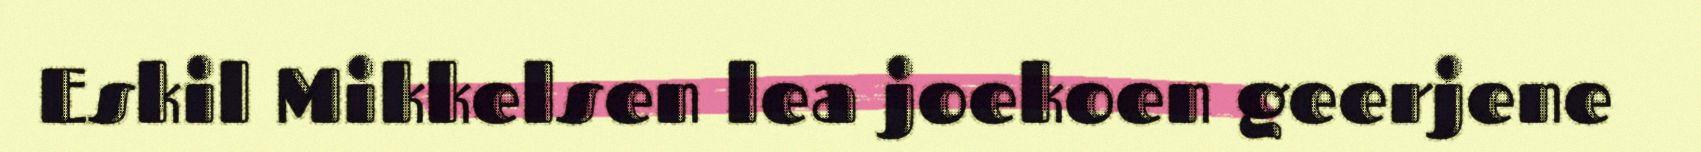
Eskil Mikkelsen lea joekoen geerjene